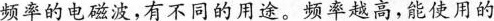
频率的电磁波，有不同的用途。频率越高，能使用的